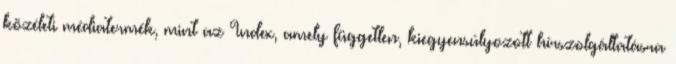
közéleti médiatermék, mint az Index, amely független, kiegyensúlyozott hírszolgáltatásra